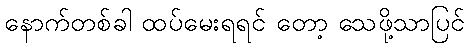
နောက်တစ်ခါ ထပ်မေးရရင် တော့ သေဖို့သာပြင်